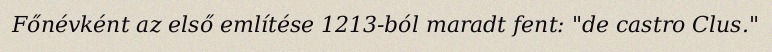
Főnévként az első említése 1213-ból maradt fent: "de castro Clus."